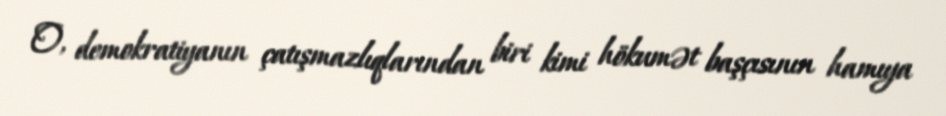
O, demokratiyanın çatışmazlıqlarından biri kimi hökumət başçısının hamıya